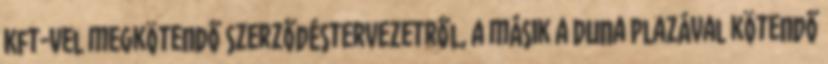
Kft-vel megkötendő szerződéstervezetről, a másik a Duna Plazával kötendő